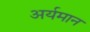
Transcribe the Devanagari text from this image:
अर्यमान